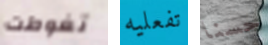
تغوطت تفعليه حسنا